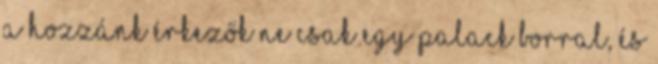
a hozzánk érkezők ne csak egy palack borral, és